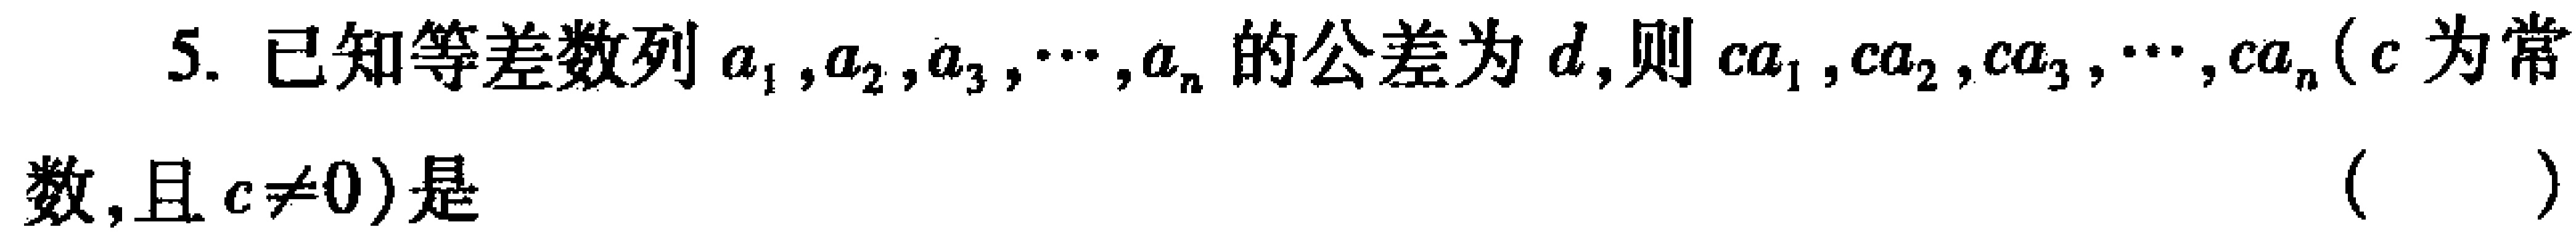
5. 已知等差数列\(a_{1},a_{2},a_{3},\cdots,a_{n}\)的公差为\(d\)，则\(ca_{1},ca_{2},ca_{3},\cdots,ca_{n}(c\)为常数，且\(c\neq0)\)是 （  ）